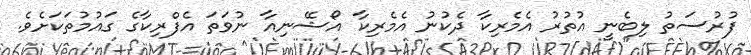
ފުރުސަތު ލިބެނީ އުތުރު އެމެރިކާ ދެކުނު އެމެރިކާ އޯޝޭނިއާ ނުވަތަ އެފްރިކާގެ ގައުމުތަކަށެވެ.